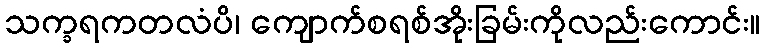
သက္ခရကတလံပိ၊ ကျောက်စရစ်အိုးခြမ်းကိုလည်းကောင်း။